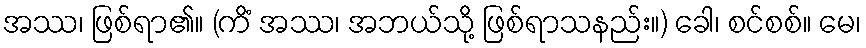
အဿ၊ ဖြစ်ရာ၏။ (ကိံ အဿ၊ အဘယ်သို့ ဖြစ်ရာသနည်း။) ခေါ၊ စင်စစ်။ မေ၊